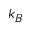
k _ { B }